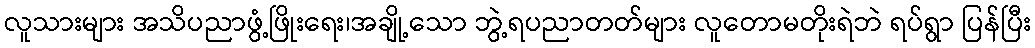
လူသားများ အသိပညာဖွံ့ဖြိုးရေး၊အချို့သော ဘွဲ့ရပညာတတ်များ လူတောမတိုးရဲဘဲ ရပ်ရွာ ပြန်ပြီး